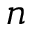
n